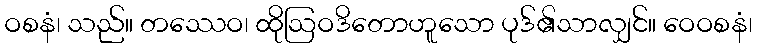
ဝစနံ၊ သည်။ တဿေဝ၊ ထိုဩဝဒိတောဟူသော ပုဒ်၏သာလျှင်။ ဝေဝစနံ၊